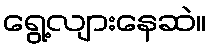
ရွေ့လျားနေဆဲ။